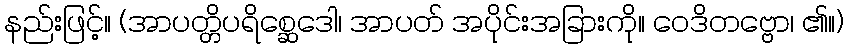
နည်းဖြင့်။ (အာပတ္တိပရိစ္ဆေဒေါ၊ အာပတ် အပိုင်းအခြားကို။ ဝေဒိတဗ္ဗော၊ ၏။)